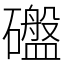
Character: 䃲